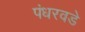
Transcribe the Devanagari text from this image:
पंधरवडे